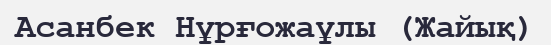
Асанбек Нұрғожаұлы (Жайық)